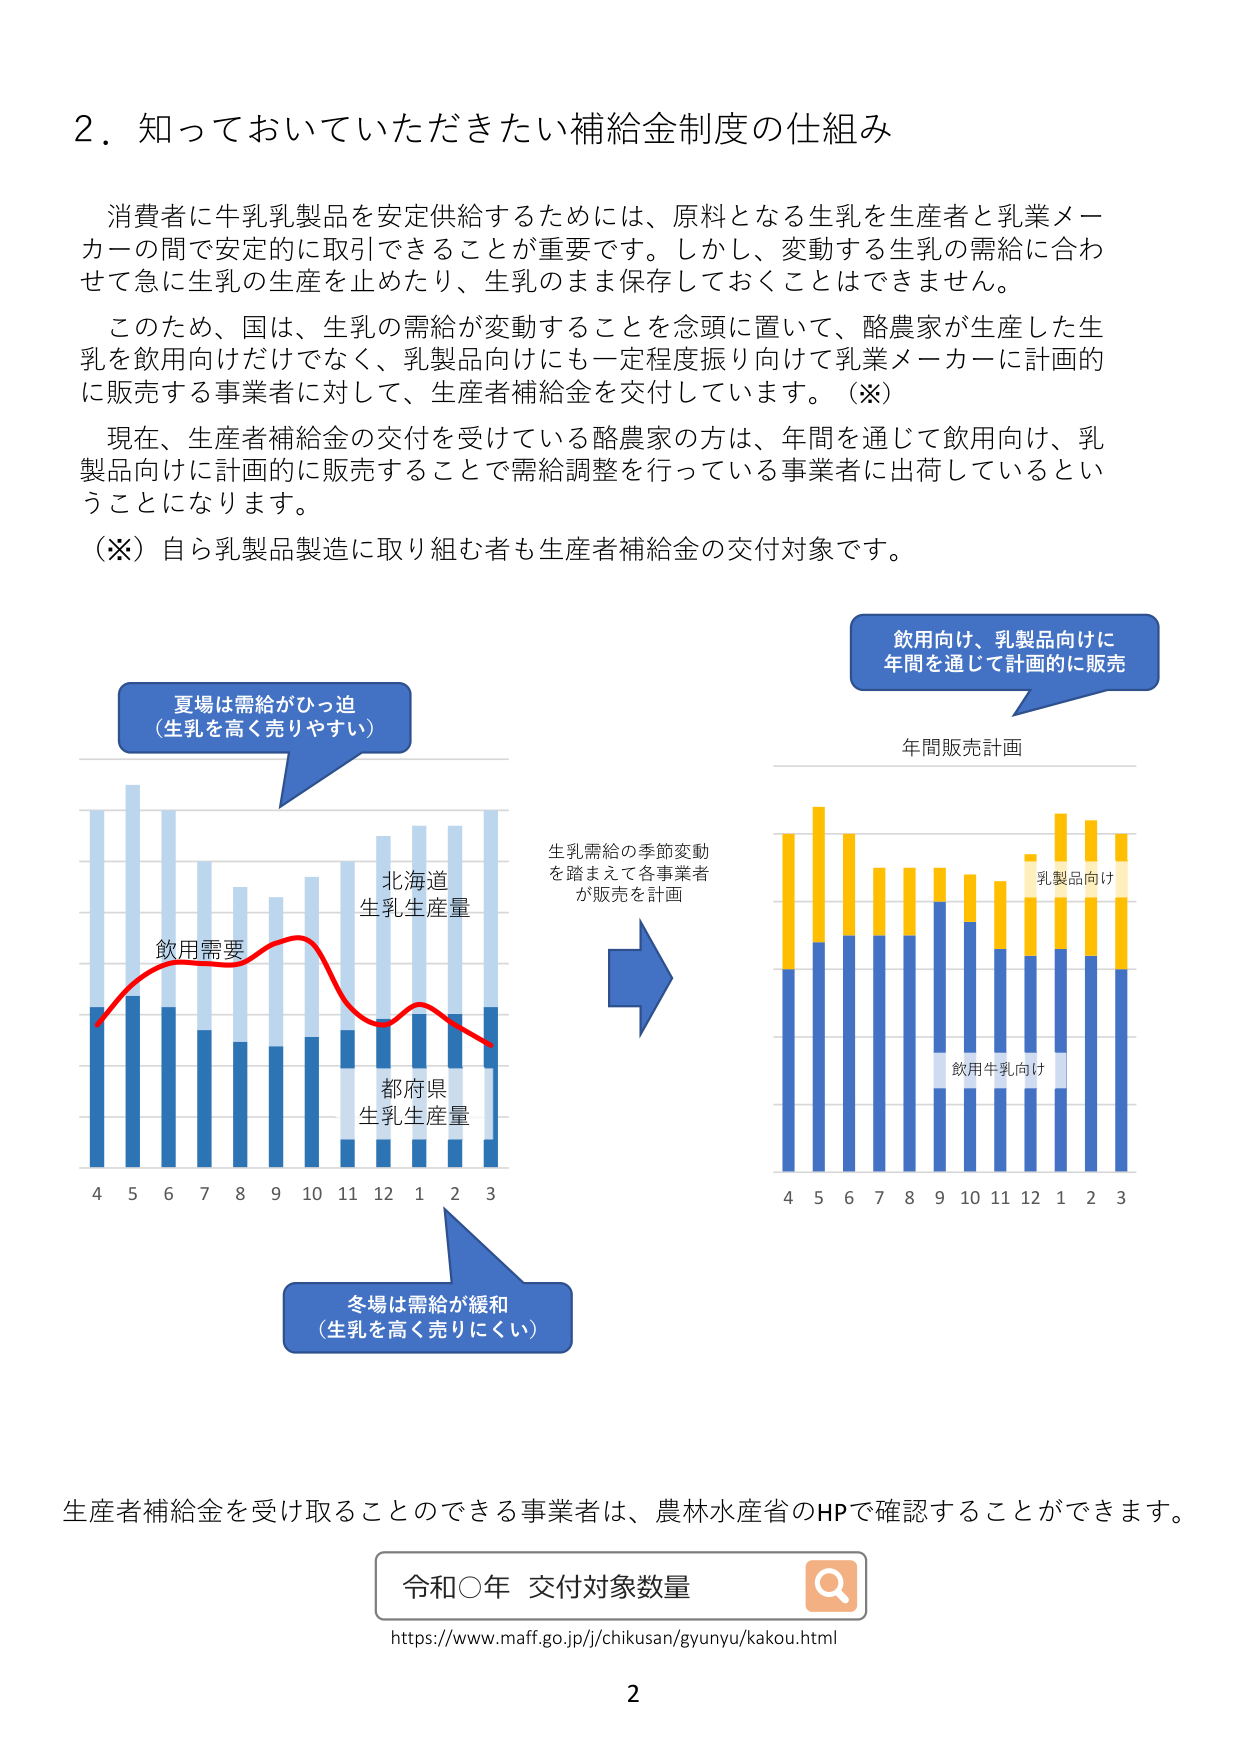
2. 知っておいていただきたい補給金制度の仕組み

消費者に牛乳乳製品を安定供給するためには、原料となる生乳を生産者と乳業メーカーの間で安定的に取引できることが重要です。しかし、変動する生乳の需給に合わせて急に生乳の生産を止めたり、生乳のまま保存しておくことはできません。

このため、国は、生乳の需給が変動することを念頭に置いて、酪農家が生産した生乳を飲用向けだけでなく、乳製品向けにも一定程度振り向けて乳業メーカーに計画的に販売する事業者に対して、生産者補給金を交付しています。（※）

現在、生産者補給金の交付を受けている酪農家の方は、年間を通じて飲用向け、乳製品向けに計画的に販売することで需給調整を行っている事業者に出荷しているということになります。

（※）自ら乳製品製造に取り組む者も生産者補給金の交付対象です。

夏場は需給がひっ迫
（生乳を高く売りやすい）

北海道
生乳生産量

都府県
生乳生産量

飲用需要

冬場は需給が緩和
（生乳を高く売りにくい）

生乳需給の季節変動
を踏まえて各事業者が販売を計画

飲用向け、乳製品向けに
年間を通じて計画的に販売

年間販売計画

乳製品向け

飲用牛乳向け

4 5 6 7 8 9 10 11 12 1 2 3

4 5 6 7 8 9 10 11 12 1 2 3

生産者補給金を受け取ることのできる事業者は、農林水産省のHPで確認することができます。

令和○年 交付対象数量

https://www.maff.go.jp/j/chikusan/gyunyu/kakou.html

2